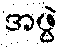
အဖွဲ